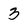
Character: 3